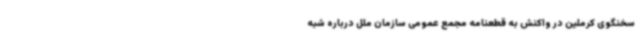
سخنگوی کرملین در واکنش به قطعنامه مجمع عمومی سازمان ملل درباره شبه‌